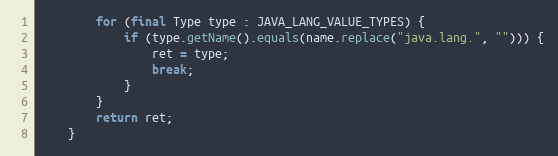
Language: Java
		for (final Type type : JAVA_LANG_VALUE_TYPES) {
			if (type.getName().equals(name.replace("java.lang.", ""))) {
				ret = type;
				break;
			}
		}
		return ret;
	}